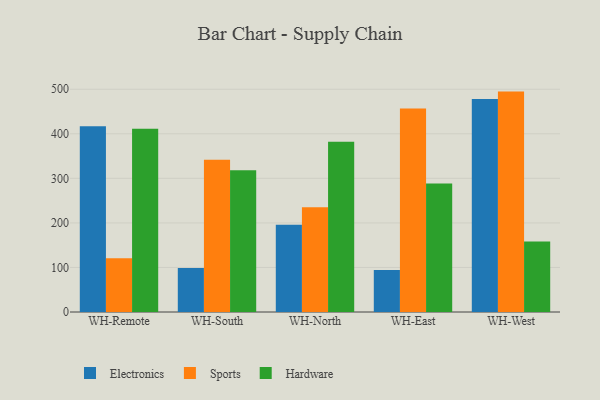
{"axis": {"x": "Warehouse", "y": "Backlog"}, "legend": ["Electronics", "Hardware", "Sports"], "data": [{"x": "WH-Remote", "y": 417.2, "type": "Electronics"}, {"x": "WH-Remote", "y": 120.7, "type": "Sports"}, {"x": "WH-Remote", "y": 411.4, "type": "Hardware"}, {"x": "WH-South", "y": 98.6, "type": "Electronics"}, {"x": "WH-South", "y": 341.6, "type": "Sports"}, {"x": "WH-South", "y": 318.3, "type": "Hardware"}, {"x": "WH-North", "y": 196.1, "type": "Electronics"}, {"x": "WH-North", "y": 235.3, "type": "Sports"}, {"x": "WH-North", "y": 381.9, "type": "Hardware"}, {"x": "WH-East", "y": 94.0, "type": "Electronics"}, {"x": "WH-East", "y": 456.8, "type": "Sports"}, {"x": "WH-East", "y": 288.4, "type": "Hardware"}, {"x": "WH-West", "y": 477.9, "type": "Electronics"}, {"x": "WH-West", "y": 494.7, "type": "Sports"}, {"x": "WH-West", "y": 158.0, "type": "Hardware"}]}